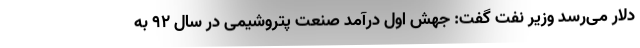
دلار می‌رسد وزیر نفت گفت: جهش اول درآمد صنعت پتروشیمی در سال ۹۲ به